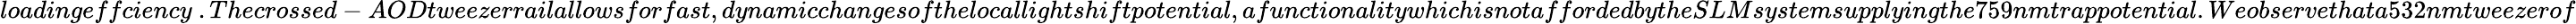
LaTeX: loadingeffciency~.Thecrossed-AODtweezerrailallowsforfast,dynamicchangesofthelocallightshiftpotential,afunctionalitywhichisnotaffordedbytheSLMsystemsupplyingthe759nmtrappotential.Weobservethata532nmtweezerof